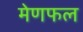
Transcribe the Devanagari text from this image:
मेणफल